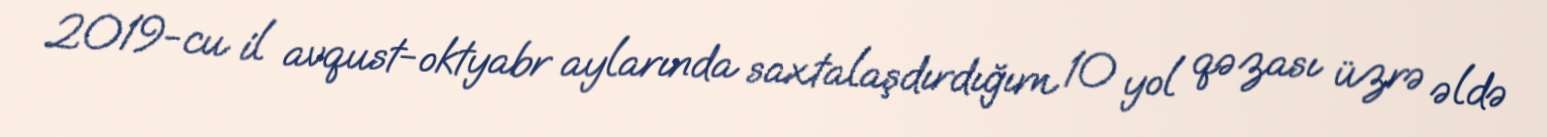
2019-cu il avqust-oktyabr aylarında saxtalaşdırdığım 10 yol qəzası üzrə əldə